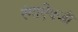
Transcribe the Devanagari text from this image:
रंगाऐवजी